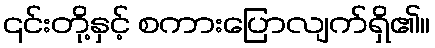
၎င်းတို့နှင့် စကားပြောလျက်ရှိ၏။